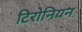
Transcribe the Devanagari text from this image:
टिरोनियन